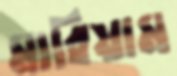
মারিয়াম